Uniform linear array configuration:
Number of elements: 12
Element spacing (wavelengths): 0.5
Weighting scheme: kaiser
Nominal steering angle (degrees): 30
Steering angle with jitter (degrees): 28.119
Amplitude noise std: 0.05
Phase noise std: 0.05

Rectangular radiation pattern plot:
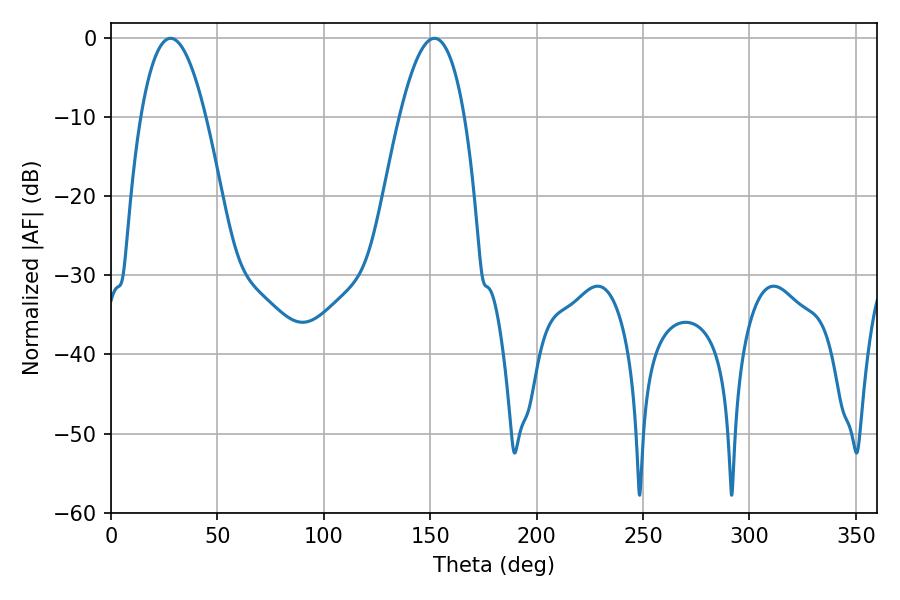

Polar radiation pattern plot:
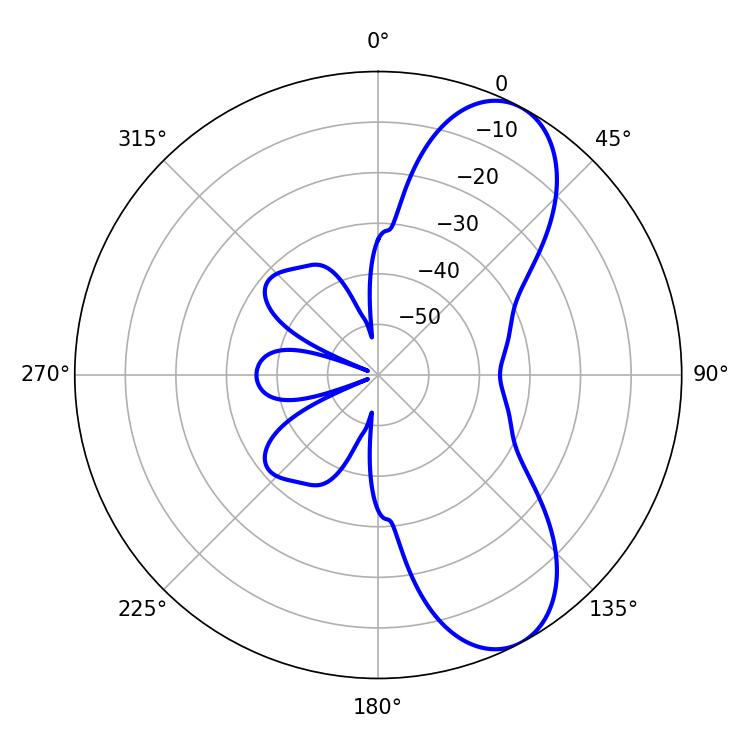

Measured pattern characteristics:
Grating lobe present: FALSE
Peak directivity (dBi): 8.222
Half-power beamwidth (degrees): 16.74
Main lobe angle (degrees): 28.08